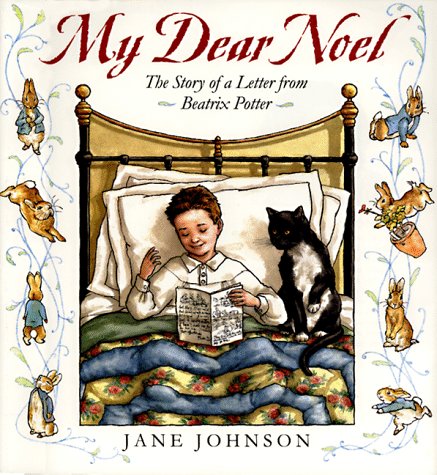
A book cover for My Dear Noel: The Story of a Letter From Beatrix Potter; Jane Johnson; Children's Books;